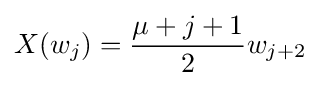
X(w_{j})={\mu +j+1 \over 2}w_{j+2}